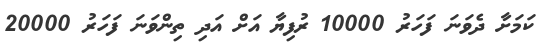
ކަމަށާ ދެވަނަ ފަހަރު 10000 ރުފިޔާ އަށް އަދި ތިންވަނަ ފަހަރު 20000